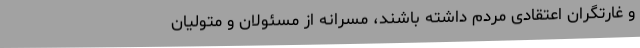
و غارتگران اعتقادی مردم داشته باشند، مسرانه از مسئولان و متولیان